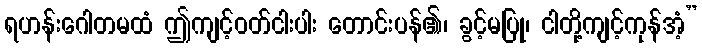
ရဟန်းဂေါတမထံ ဤကျင့်ဝတ်ငါးပါး တောင်းပန်၏၊ ခွင့်မပြု၊ ငါတို့ကျင့်ကုန်အံ့”